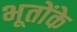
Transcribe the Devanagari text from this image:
भूतोंके